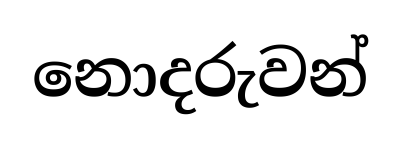
නොදරුවන්